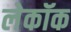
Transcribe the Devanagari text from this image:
लेकॉक